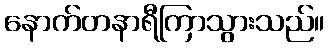
နောက်တနာရီကြာသွားသည်။